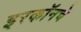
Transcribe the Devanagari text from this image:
इरकॉनचे